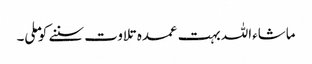
ماشاءاللہ بہت عمدہ تلاوت سننے کو ملی۔